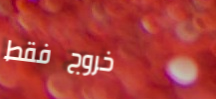
خروج فقط